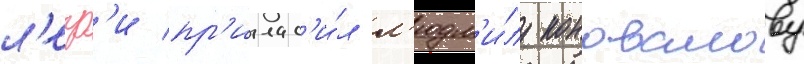
л'егр'и пр'иглас'и́л л'юдм'и́лу коновалову